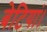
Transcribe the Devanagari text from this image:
बेटियां।